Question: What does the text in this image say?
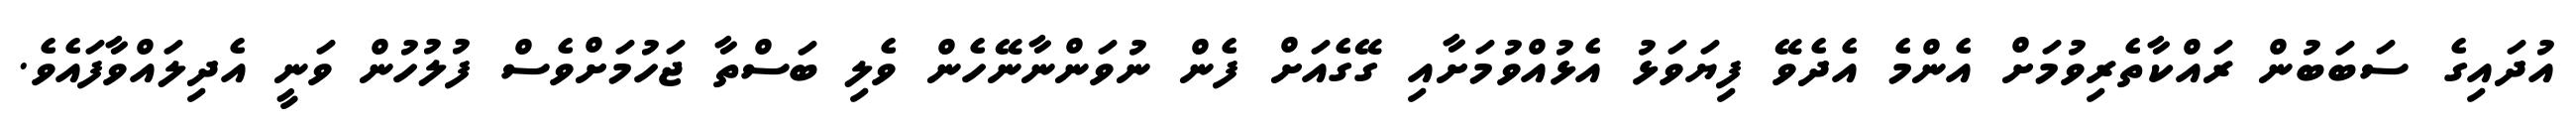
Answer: އުދައިގެ ސަބަބުން ރައްކާތެރިވުމަށް އެންމެ އެދެވޭ ފިޔަވަޅު އެޅުއްވުމަށާއި ގޭގެއަށް ފެން ނުވަންނާނޭހެން ވެލި ބަސްތާ ޖަހުމަށްވެސް ފުލުހުން ވަނީ އެދިލައްވާފައެވެ.